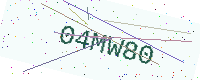
Text: 04MW80